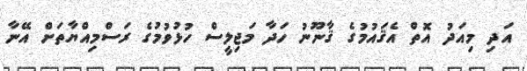
އަދި މިއަދު އޮތް އެޤައުމުގެ ޤާނޫނު ހަދާ މަޖިލީސް ހުޅުވުމުގެ ރަސްމިއްޔާތަށް އޭނާ